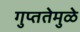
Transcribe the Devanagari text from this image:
गुप्ततेमुळे